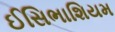
ઈસિભાશિયમ